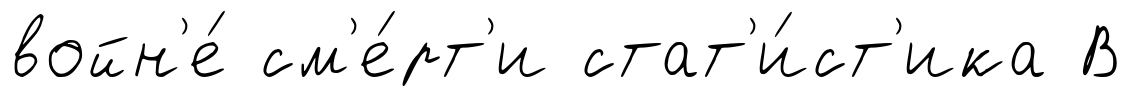
войн'е́ см'е́рт'и стат'и́ст'ика В